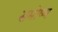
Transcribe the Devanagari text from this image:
समोष्ण